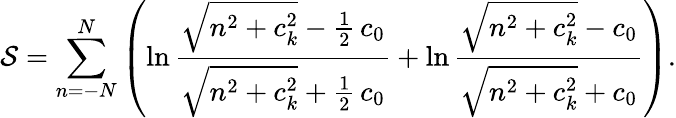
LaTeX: {\cal S}=\sum_{n=-N}^{N}\left(\ln\frac{\sqrt{n^{2}+c_{k}^{2}}-\frac{1}{2}\, c_{0}}{\sqrt{n^{2}+c_{k}^{2}}+\frac{1}{2}\, c_{0}}+\ln\frac{\sqrt{n^{2}+c_{k}^{2}}-c_{0}}{\sqrt{n^{2}+c_{k}^{2}}+c_{0}}\right).